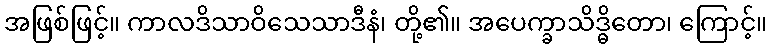
အဖြစ်ဖြင့်။ ကာလဒိသာဝိသေသာဒီနံ၊ တို့၏။ အပေက္ခာသိဒ္ဓိတော၊ ကြောင့်။